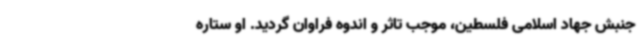
جنبش جهاد اسلامی فلسطین، موجب تاثر و اندوه فراوان گردید. او ستاره